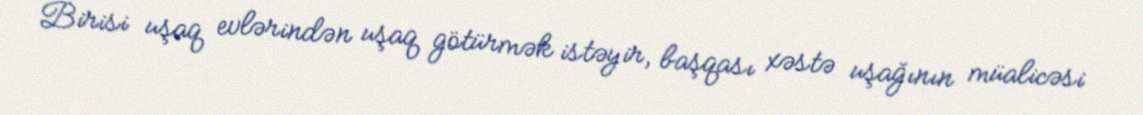
Birisi uşaq evlərindən uşaq götürmək istəyir, başqası xəstə uşağının müalicəsi